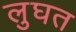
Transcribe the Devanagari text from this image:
लुघत